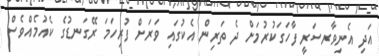
އަދި އެނިވާރސަރީ ފާހަގަކުރުމަށް ދެ ތަރިން އެކުގައި ވަރަށް ފުރިހަމަ ރޭގަނޑުގެ ކެއުމެއްވެސް